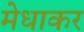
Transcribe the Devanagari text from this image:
मेधाकर